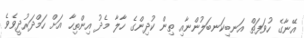
އޭނާގެ ހުވަފަތް އަނބިކަނބަލުންނާއި ތިން ކުދިންގެ ހާލާ މެދު އިންތިހާ އަށް ހަމްދަރުދީވެވެ